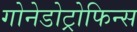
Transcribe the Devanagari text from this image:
गोनेडोट्रोफिन्स